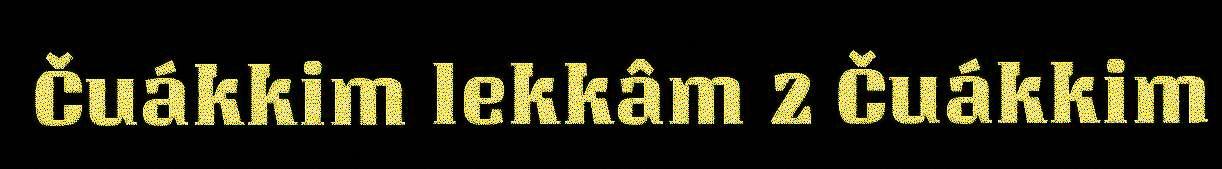
Čuákkim lekkâm 2 Čuákkim